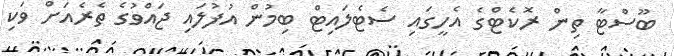
ބޫސްޓާ ތިން ރޮކެޓްގެ އެހީގައި ސެޓެލައިޓް ބިމުން އުފުލައި ޖައްވުގެ ތެރެއަށް ވަކި